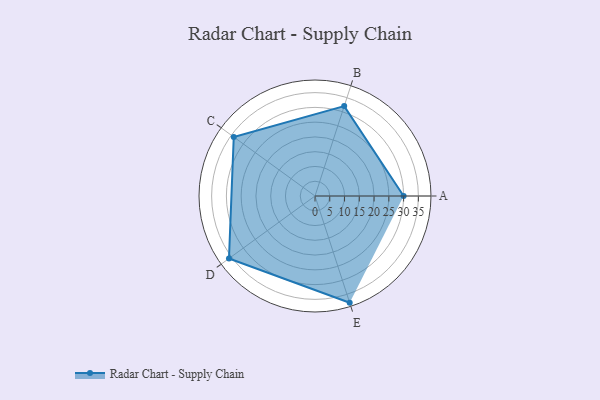
{"axis": {"x": "Skill", "y": "Score"}, "legend": ["Profile"], "data": [{"x": "A", "y": 30.0, "type": "Profile"}, {"x": "B", "y": 32.0, "type": "Profile"}, {"x": "C", "y": 34.0, "type": "Profile"}, {"x": "D", "y": 36.0, "type": "Profile"}, {"x": "E", "y": 38.0, "type": "Profile"}]}